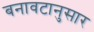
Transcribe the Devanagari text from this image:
बनावटानुसार